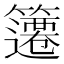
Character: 䉦